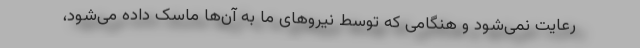
رعایت نمی‌شود و هنگامی که توسط نیرو‌های ما به آن‌ها ماسک داده می‌شود،